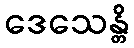
ဒေသေန္တိ